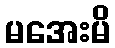
မအေးမိ